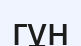
гұн